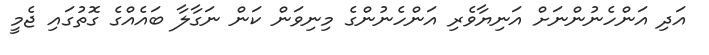
އަދި އަންހެނުންނަށް އަނިޔާވެރި އަންހެނުންގެ މިނިވަން ކަން ނަގާލާ ބައެއްގެ ގޮތުގައި ޖެމީ